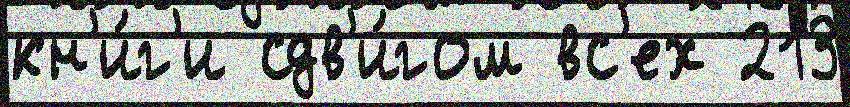
кн'и́г'и сдв'и́гом вс'ех 213